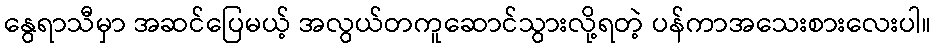
နွေရာသီမှာ အဆင်ပြေမယ့် အလွယ်တကူဆောင်သွားလို့ရတဲ့ ပန်ကာအသေးစားလေးပါ။